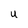
Character: U